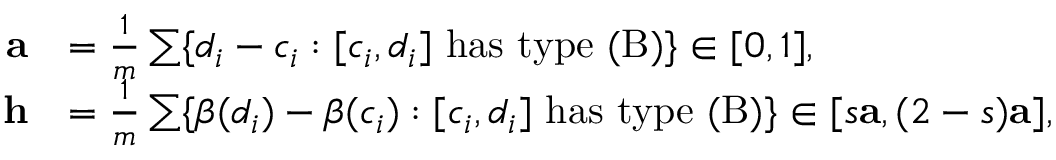
\begin{array} { r l } { \mathbf { a } } & { = \frac { 1 } { m } \sum \{ d _ { i } - c _ { i } : [ c _ { i } , d _ { i } ] \mathrm { ~ h a s ~ t y p e ~ ( B ) } \} \in [ 0 , 1 ] , } \\ { \mathbf { h } } & { = \frac { 1 } { m } \sum \{ \beta ( d _ { i } ) - \beta ( c _ { i } ) : [ c _ { i } , d _ { i } ] \mathrm { ~ h a s ~ t y p e ~ ( B ) } \} \in [ s \mathbf { a } , ( 2 - s ) \mathbf { a } ] , } \end{array}